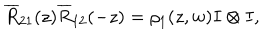
\overline { { { R } } } _ { 2 1 } ( z ) \overline { { { R } } } _ { 1 2 } ( - z ) = \rho _ { 1 } ( z , w ) I \otimes I ,